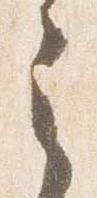
之